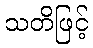
သတိဖြင့်